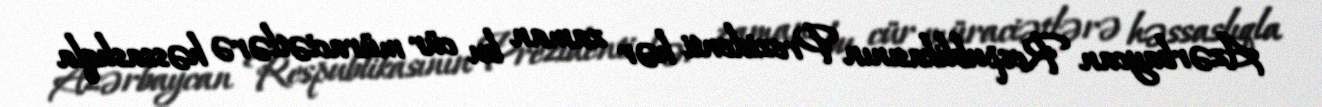
Azərbaycan Respublikasının Prezidenti hər zaman bu cür müraciətlərə həssaslıqla